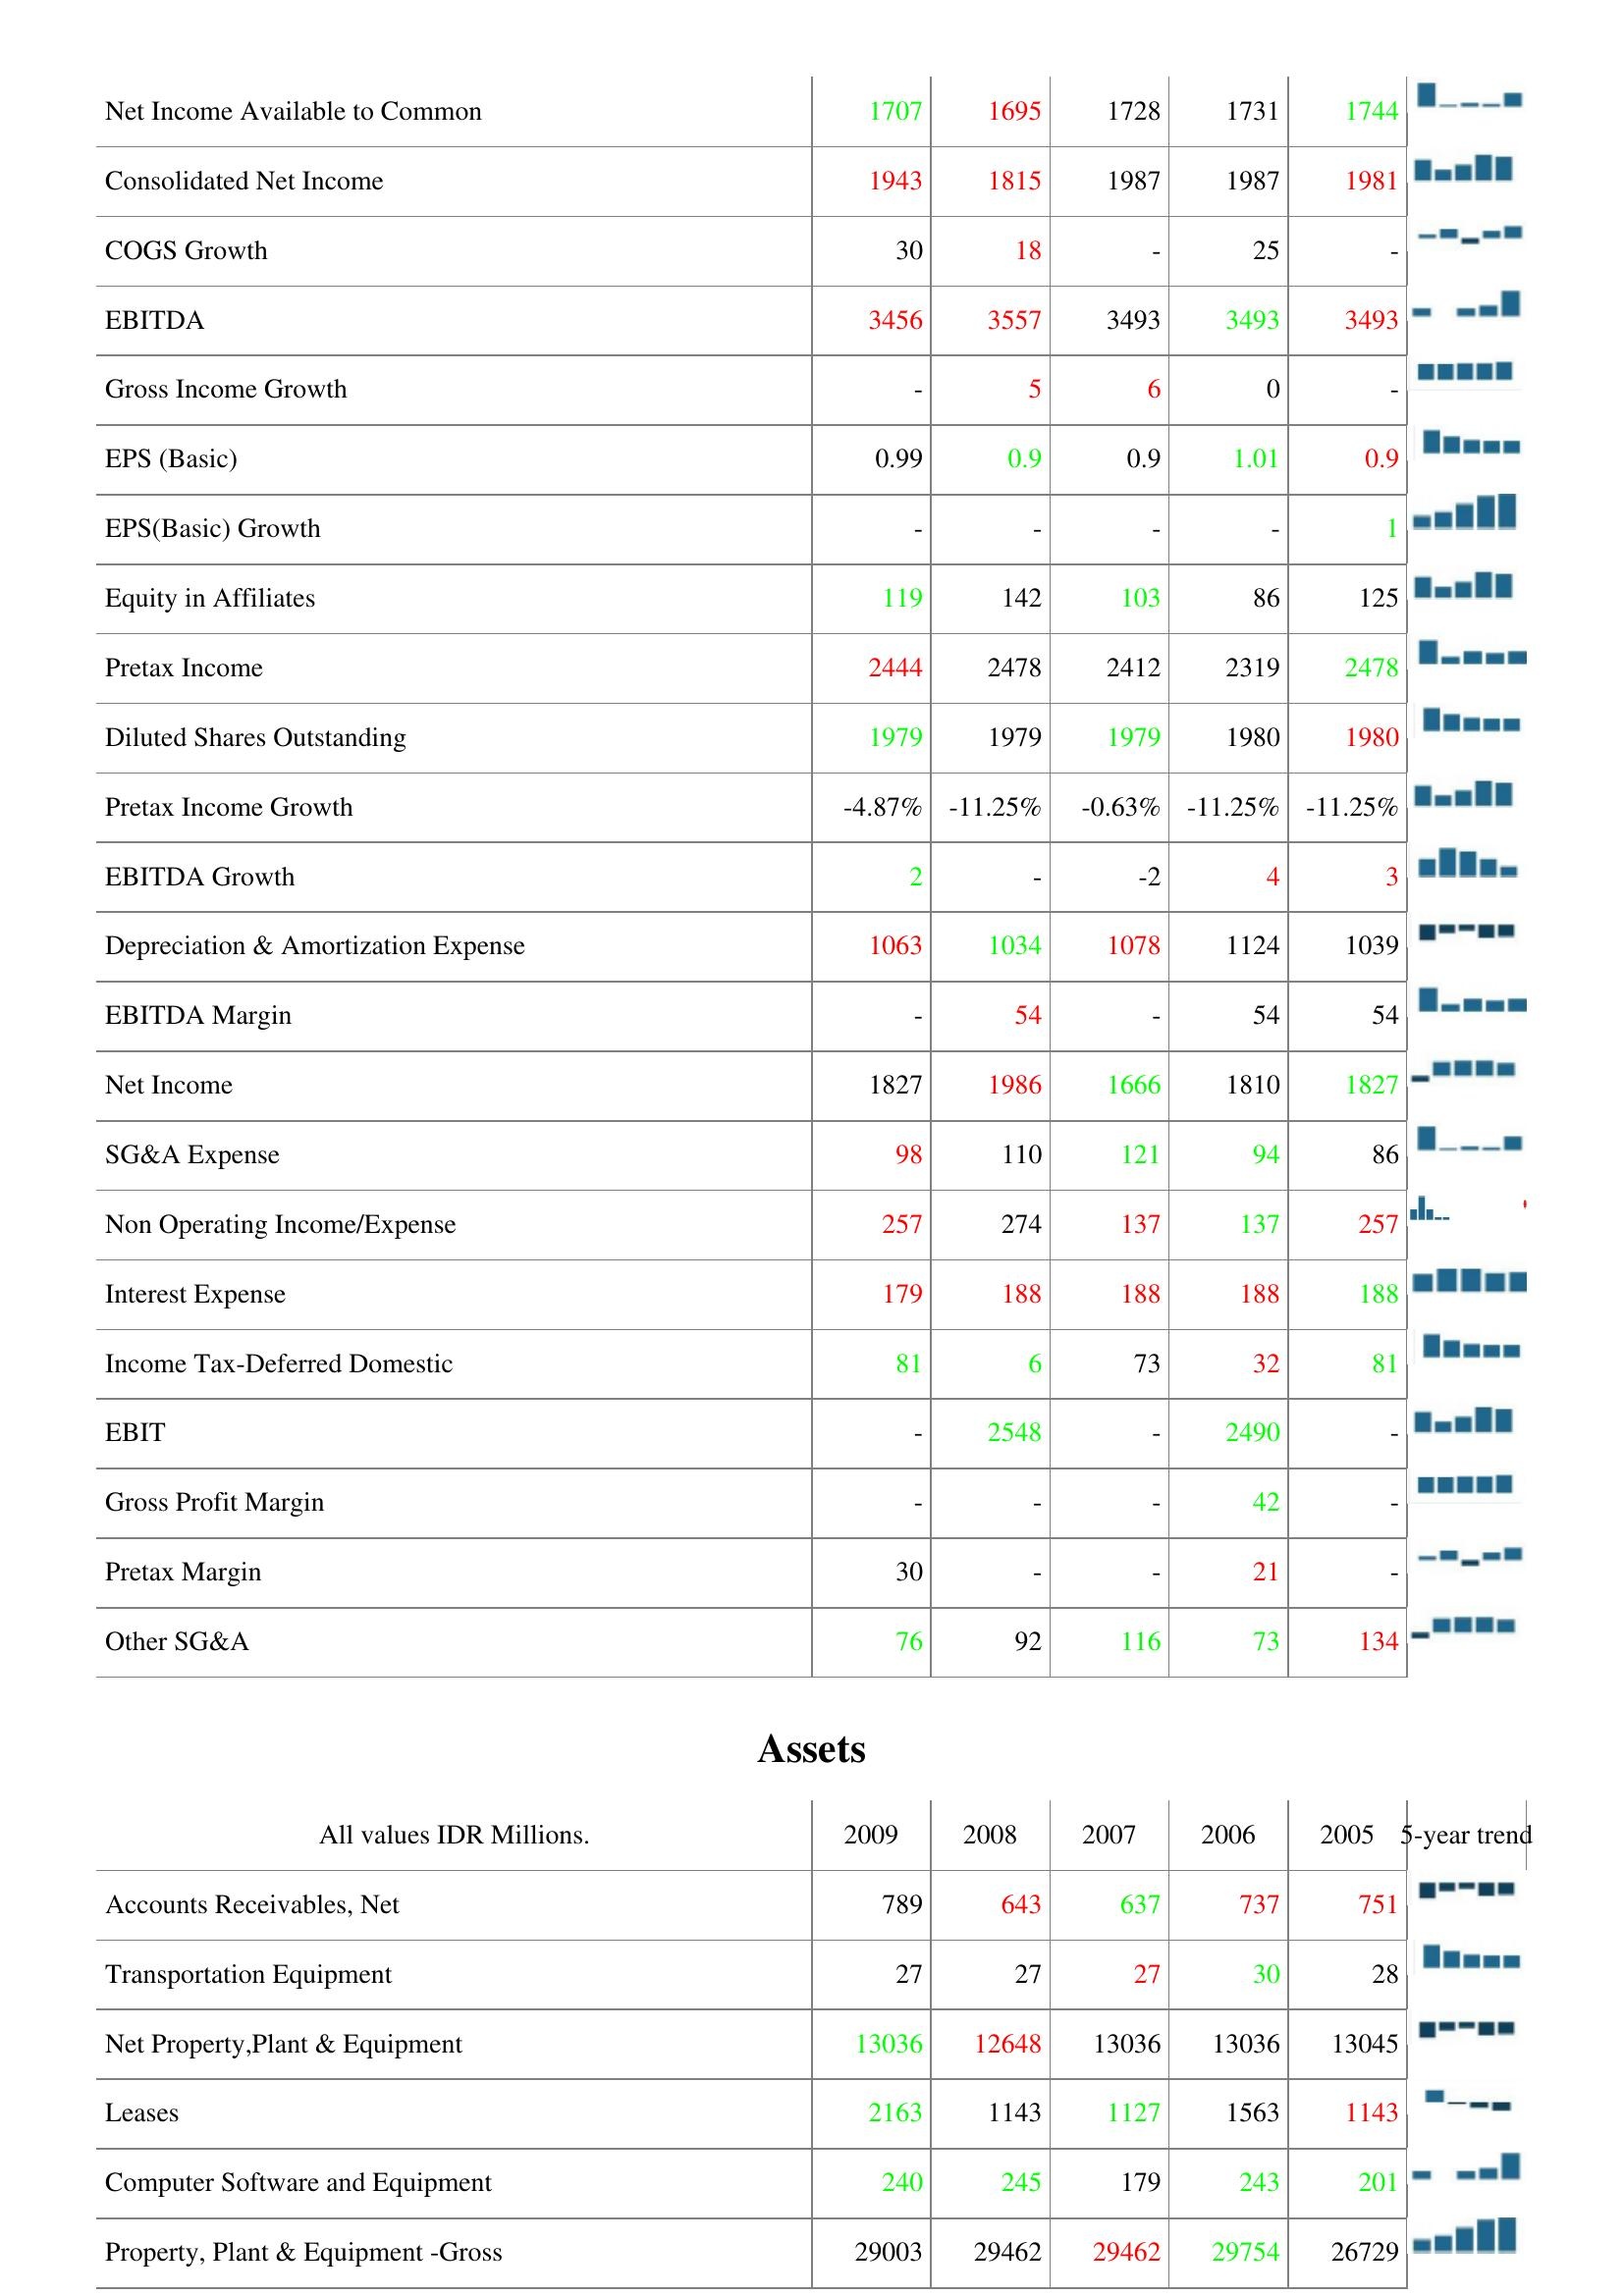
2009: : Net Income Available to Common: 1707
Consolidated Net Income: 1943
COGS Growth: 30
EBITDA: 3456
Gross Income Growth: -
EPS (Basic): 0.99
EPS(Basic) Growth: -
Equity in Affiliates: 119
Pretax Income: 2444
Diluted Shares Outstanding: 1979
Pretax Income Growth: -4.87%
EBITDA Growth: 2
Depreciation & Amortization Expense: 1063
EBITDA Margin: -
Net Income: 1827
SG&A Expense: 98
Non Operating Income/Expense: 257
Interest Expense: 179
Income Tax-Deferred Domestic: 81
EBIT: -
Gross Profit Margin: -
Pretax Margin: 30
Other SG&A: 76
Assets: Accounts Receivables, Net: 789
Transportation Equipment: 27
Net Property,Plant & Equipment: 13036
Leases: 2163
Computer Software and Equipment: 240
Property, Plant & Equipment -Gross: 29003
2008: : Net Income Available to Common: 1695
Consolidated Net Income: 1815
COGS Growth: 18
EBITDA: 3557
Gross Income Growth: 5
EPS (Basic): 0.9
EPS(Basic) Growth: -
Equity in Affiliates: 142
Pretax Income: 2478
Diluted Shares Outstanding: 1979
Pretax Income Growth: -11.25%
EBITDA Growth: -
Depreciation & Amortization Expense: 1034
EBITDA Margin: 54
Net Income: 1986
SG&A Expense: 110
Non Operating Income/Expense: 274
Interest Expense: 188
Income Tax-Deferred Domestic: 6
EBIT: 2548
Gross Profit Margin: -
Pretax Margin: -
Other SG&A: 92
Assets: Accounts Receivables, Net: 643
Transportation Equipment: 27
Net Property,Plant & Equipment: 12648
Leases: 1143
Computer Software and Equipment: 245
Property, Plant & Equipment -Gross: 29462
2007: : Net Income Available to Common: 1728
Consolidated Net Income: 1987
COGS Growth: -
EBITDA: 3493
Gross Income Growth: 6
EPS (Basic): 0.9
EPS(Basic) Growth: -
Equity in Affiliates: 103
Pretax Income: 2412
Diluted Shares Outstanding: 1979
Pretax Income Growth: -0.63%
EBITDA Growth: -2
Depreciation & Amortization Expense: 1078
EBITDA Margin: -
Net Income: 1666
SG&A Expense: 121
Non Operating Income/Expense: 137
Interest Expense: 188
Income Tax-Deferred Domestic: 73
EBIT: -
Gross Profit Margin: -
Pretax Margin: -
Other SG&A: 116
Assets: Accounts Receivables, Net: 637
Transportation Equipment: 27
Net Property,Plant & Equipment: 13036
Leases: 1127
Computer Software and Equipment: 179
Property, Plant & Equipment -Gross: 29462
2006: : Net Income Available to Common: 1731
Consolidated Net Income: 1987
COGS Growth: 25
EBITDA: 3493
Gross Income Growth: 0
EPS (Basic): 1.01
EPS(Basic) Growth: -
Equity in Affiliates: 86
Pretax Income: 2319
Diluted Shares Outstanding: 1980
Pretax Income Growth: -11.25%
EBITDA Growth: 4
Depreciation & Amortization Expense: 1124
EBITDA Margin: 54
Net Income: 1810
SG&A Expense: 94
Non Operating Income/Expense: 137
Interest Expense: 188
Income Tax-Deferred Domestic: 32
EBIT: 2490
Gross Profit Margin: 42
Pretax Margin: 21
Other SG&A: 73
Assets: Accounts Receivables, Net: 737
Transportation Equipment: 30
Net Property,Plant & Equipment: 13036
Leases: 1563
Computer Software and Equipment: 243
Property, Plant & Equipment -Gross: 29754
2005: : Net Income Available to Common: 1744
Consolidated Net Income: 1981
COGS Growth: -
EBITDA: 3493
Gross Income Growth: -
EPS (Basic): 0.9
EPS(Basic) Growth: 1
Equity in Affiliates: 125
Pretax Income: 2478
Diluted Shares Outstanding: 1980
Pretax Income Growth: -11.25%
EBITDA Growth: 3
Depreciation & Amortization Expense: 1039
EBITDA Margin: 54
Net Income: 1827
SG&A Expense: 86
Non Operating Income/Expense: 257
Interest Expense: 188
Income Tax-Deferred Domestic: 81
EBIT: -
Gross Profit Margin: -
Pretax Margin: -
Other SG&A: 134
Assets: Accounts Receivables, Net: 751
Transportation Equipment: 28
Net Property,Plant & Equipment: 13045
Leases: 1143
Computer Software and Equipment: 201
Property, Plant & Equipment -Gross: 26729